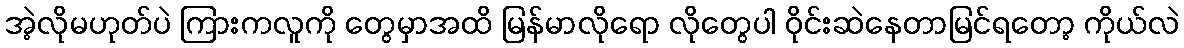
အဲ့လိုမဟုတ်ပဲ ကြားကလူကို တွေမှာအထိ မြန်မာလိုရော လိုတွေပါ ဝိုင်းဆဲနေတာမြင်ရတော့ ကိုယ်လဲ